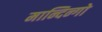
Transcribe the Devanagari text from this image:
मान्दिन्गो